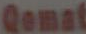
Qomat